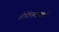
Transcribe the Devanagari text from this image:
देसिकाचार्य